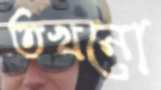
তখনো